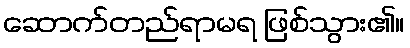
ဆောက်တည်ရာမရ ဖြစ်သွား၏။